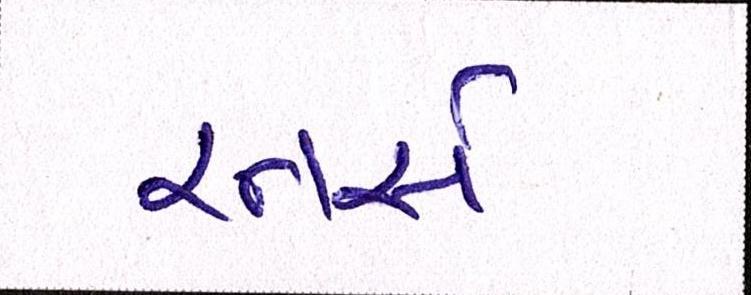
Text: રનર્સ